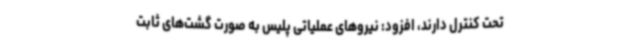
تحت کنترل دارند، افزود: نیروهای عملیاتی پلیس به صورت گشت‌های ثابت